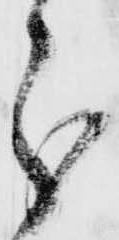
分